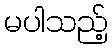
မပါသည့်